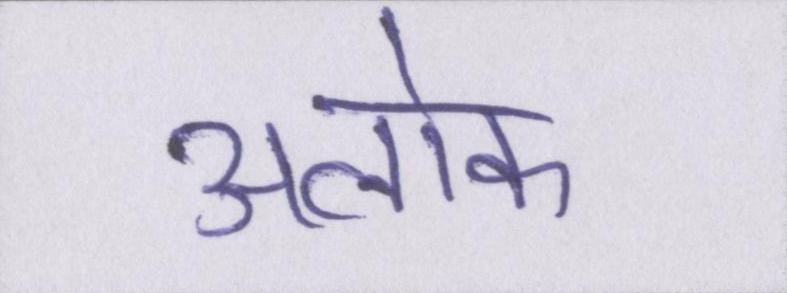
अलोक